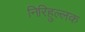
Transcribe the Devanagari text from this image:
निरिहुल्लक